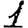
Digit: 1